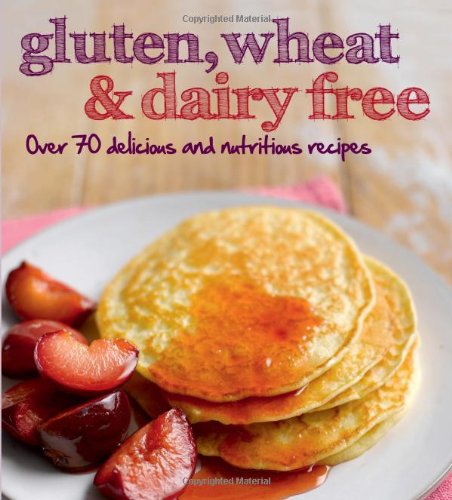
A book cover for Gluten, Wheat & Dairy Free; Parragon Books; Cookbooks, Food & Wine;